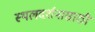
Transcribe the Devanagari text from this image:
स्थलदर्शनासाठी